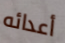
أعدائه